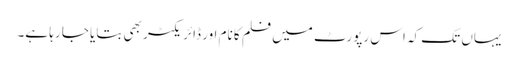
یہاں تک کہ اس رپورٹ میں فلم کا نام اور ڈائریکٹر بھی بتایا جا رہا ہے۔